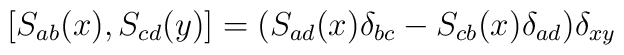
\left[S_{ab}(x),S_{cd}(y)\right]=(S_{ad}(x)\delta_{bc}- S_{cb}(x)\delta_{ad})\delta_{xy}